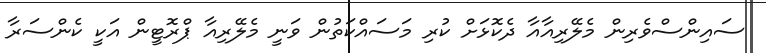
ސައިންސްވެރިން މެލޭރިއާއާ ދެކޮޅަށް ކުރި މަސައްކަތުން ވަނީ މެލޭރިއާ ޕްރޮޓީން އަކީ ކެންސަރާ